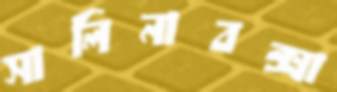
সালিনাবক্সা